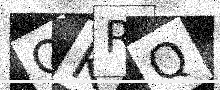
Text: OKRQ